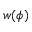
w ( \phi )